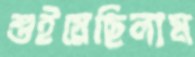
শুইয়েছিলাম